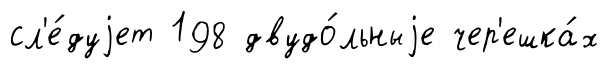
сл'е́дуjет 198 двудо́льныjе чер'ешка́х